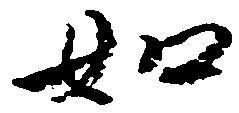
如